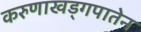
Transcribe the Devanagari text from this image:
करुणाखड्गपातेन